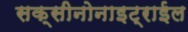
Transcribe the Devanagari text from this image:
सक्सीनोनाइट्राईल